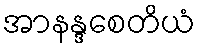
အာနန္ဒစေတိယံ